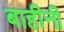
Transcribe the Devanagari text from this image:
बाहीनी